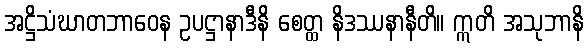
အဋ္ဌိသံဃာတဘာဝေန ဥပဋ္ဌာနာဒီနိ စေတ္ထ နိဒဿနာနီတိ။ ဣတိ အသုဘာနိ